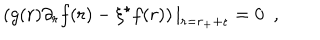
LaTeX: \left( g ( r ) \partial _ { r } f ( r ) - \xi ^ { \star } f ( r ) \right) | _ { r = r _ { + } + \epsilon } = 0 ~ ~ ,